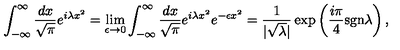
\int _ { - \infty } ^ { \infty } \frac { d x } { \sqrt { \pi } } e ^ { i \lambda x ^ { 2 } } = \lim _ { \epsilon \rightarrow 0 } \int _ { - \infty } ^ { \infty } \frac { d x } { \sqrt { \pi } } e ^ { i \lambda x ^ { 2 } } e ^ { - \epsilon x ^ { 2 } } = \frac { 1 } { | \sqrt { \lambda } | } \exp \left( \frac { i \pi } { 4 } \mathrm { s g n } \lambda \right) ,